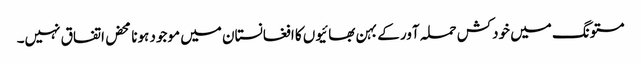
مستونگ میں خودکش حملہ آور کے بہن بھائیوں کا افغانستان میں موجود ہونا محض اتفاق نہیں۔